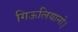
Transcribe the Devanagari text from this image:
गिऊलियानो।